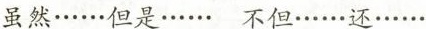
虽然……但是…… 不但……还。